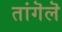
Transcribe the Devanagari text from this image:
तांगॆलॆ